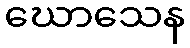
ဃောသေန